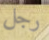
رجل